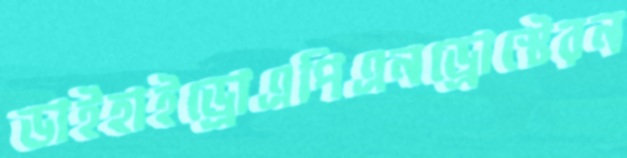
ডাইহাইড্রোএপিএনড্রোস্টেরন